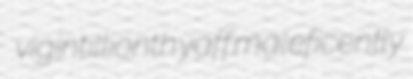
vigintillionth yaff maleficently